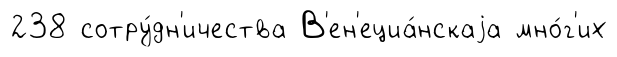
238 сотру́дн'ичества В'ен'ециа́нскаjа мно́г'их